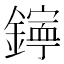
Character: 𨭋